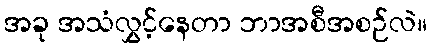
အခု အသံလွှင့်နေတာ ဘာအစီအစဉ်လဲ။